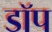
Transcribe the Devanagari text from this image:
डॉप